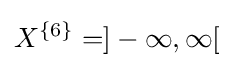
X^{\{6\}}=]-\infty ,\infty [